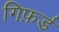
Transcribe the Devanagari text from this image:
गिफ़र्ड